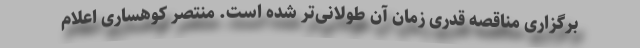
برگزاری مناقصه قدری زمان آن طولانی‌تر شده است. منتصر کوهساری اعلام